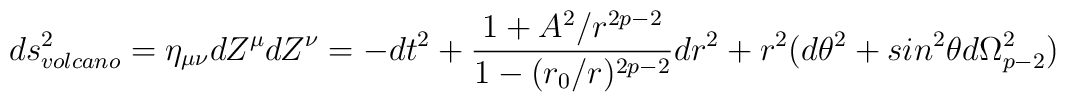
ds^2_{volcano} = \eta_{\mu \nu} dZ^\mu dZ^\nu =-dt^2+\frac{1+A^2/r^{2p-2}}{1-(r_0/r)^{2p-2}} dr^2 + r^2(d\theta^2 + sin^2\theta d\Omega_{p-2}^2)